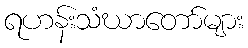
ရဟန်းသံဃာတော်များ